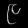
Digit: ၉